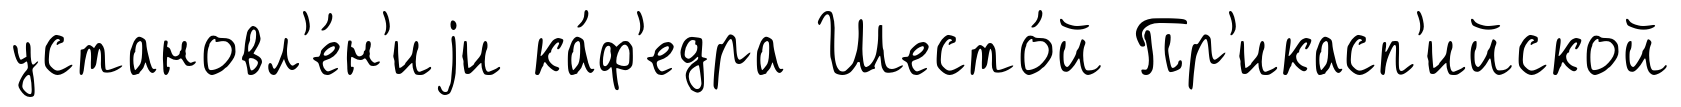
установл'е́н'иjи ка́ф'едра Шесто́й Пр'икасп'ийской